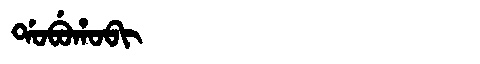
Manchu: ᡩᠣᠪᡠᡥᠣᠪᡳ
Romanization: DOBUHOBI